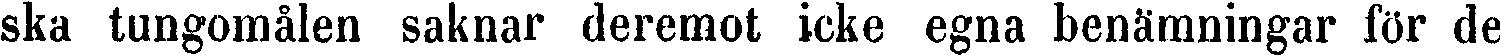
ska tungomålen saknar deremot icke egna benämningar för de